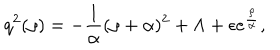
q ^ { 2 } ( \rho ) = - { \frac { 1 } { \alpha } } ( \rho + \alpha ) ^ { 2 } + \Lambda + \epsilon e ^ { \frac { \rho } { \alpha ^ { } } } ,